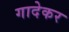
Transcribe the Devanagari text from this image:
गादेकर